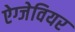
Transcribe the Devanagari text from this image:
ऐग्जेवियर